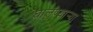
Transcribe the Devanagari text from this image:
घालण्यार्‍या